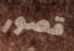
قصور